38_143685_box7_Incident_Summaries_1-100
Agency: Department of War
Page 62
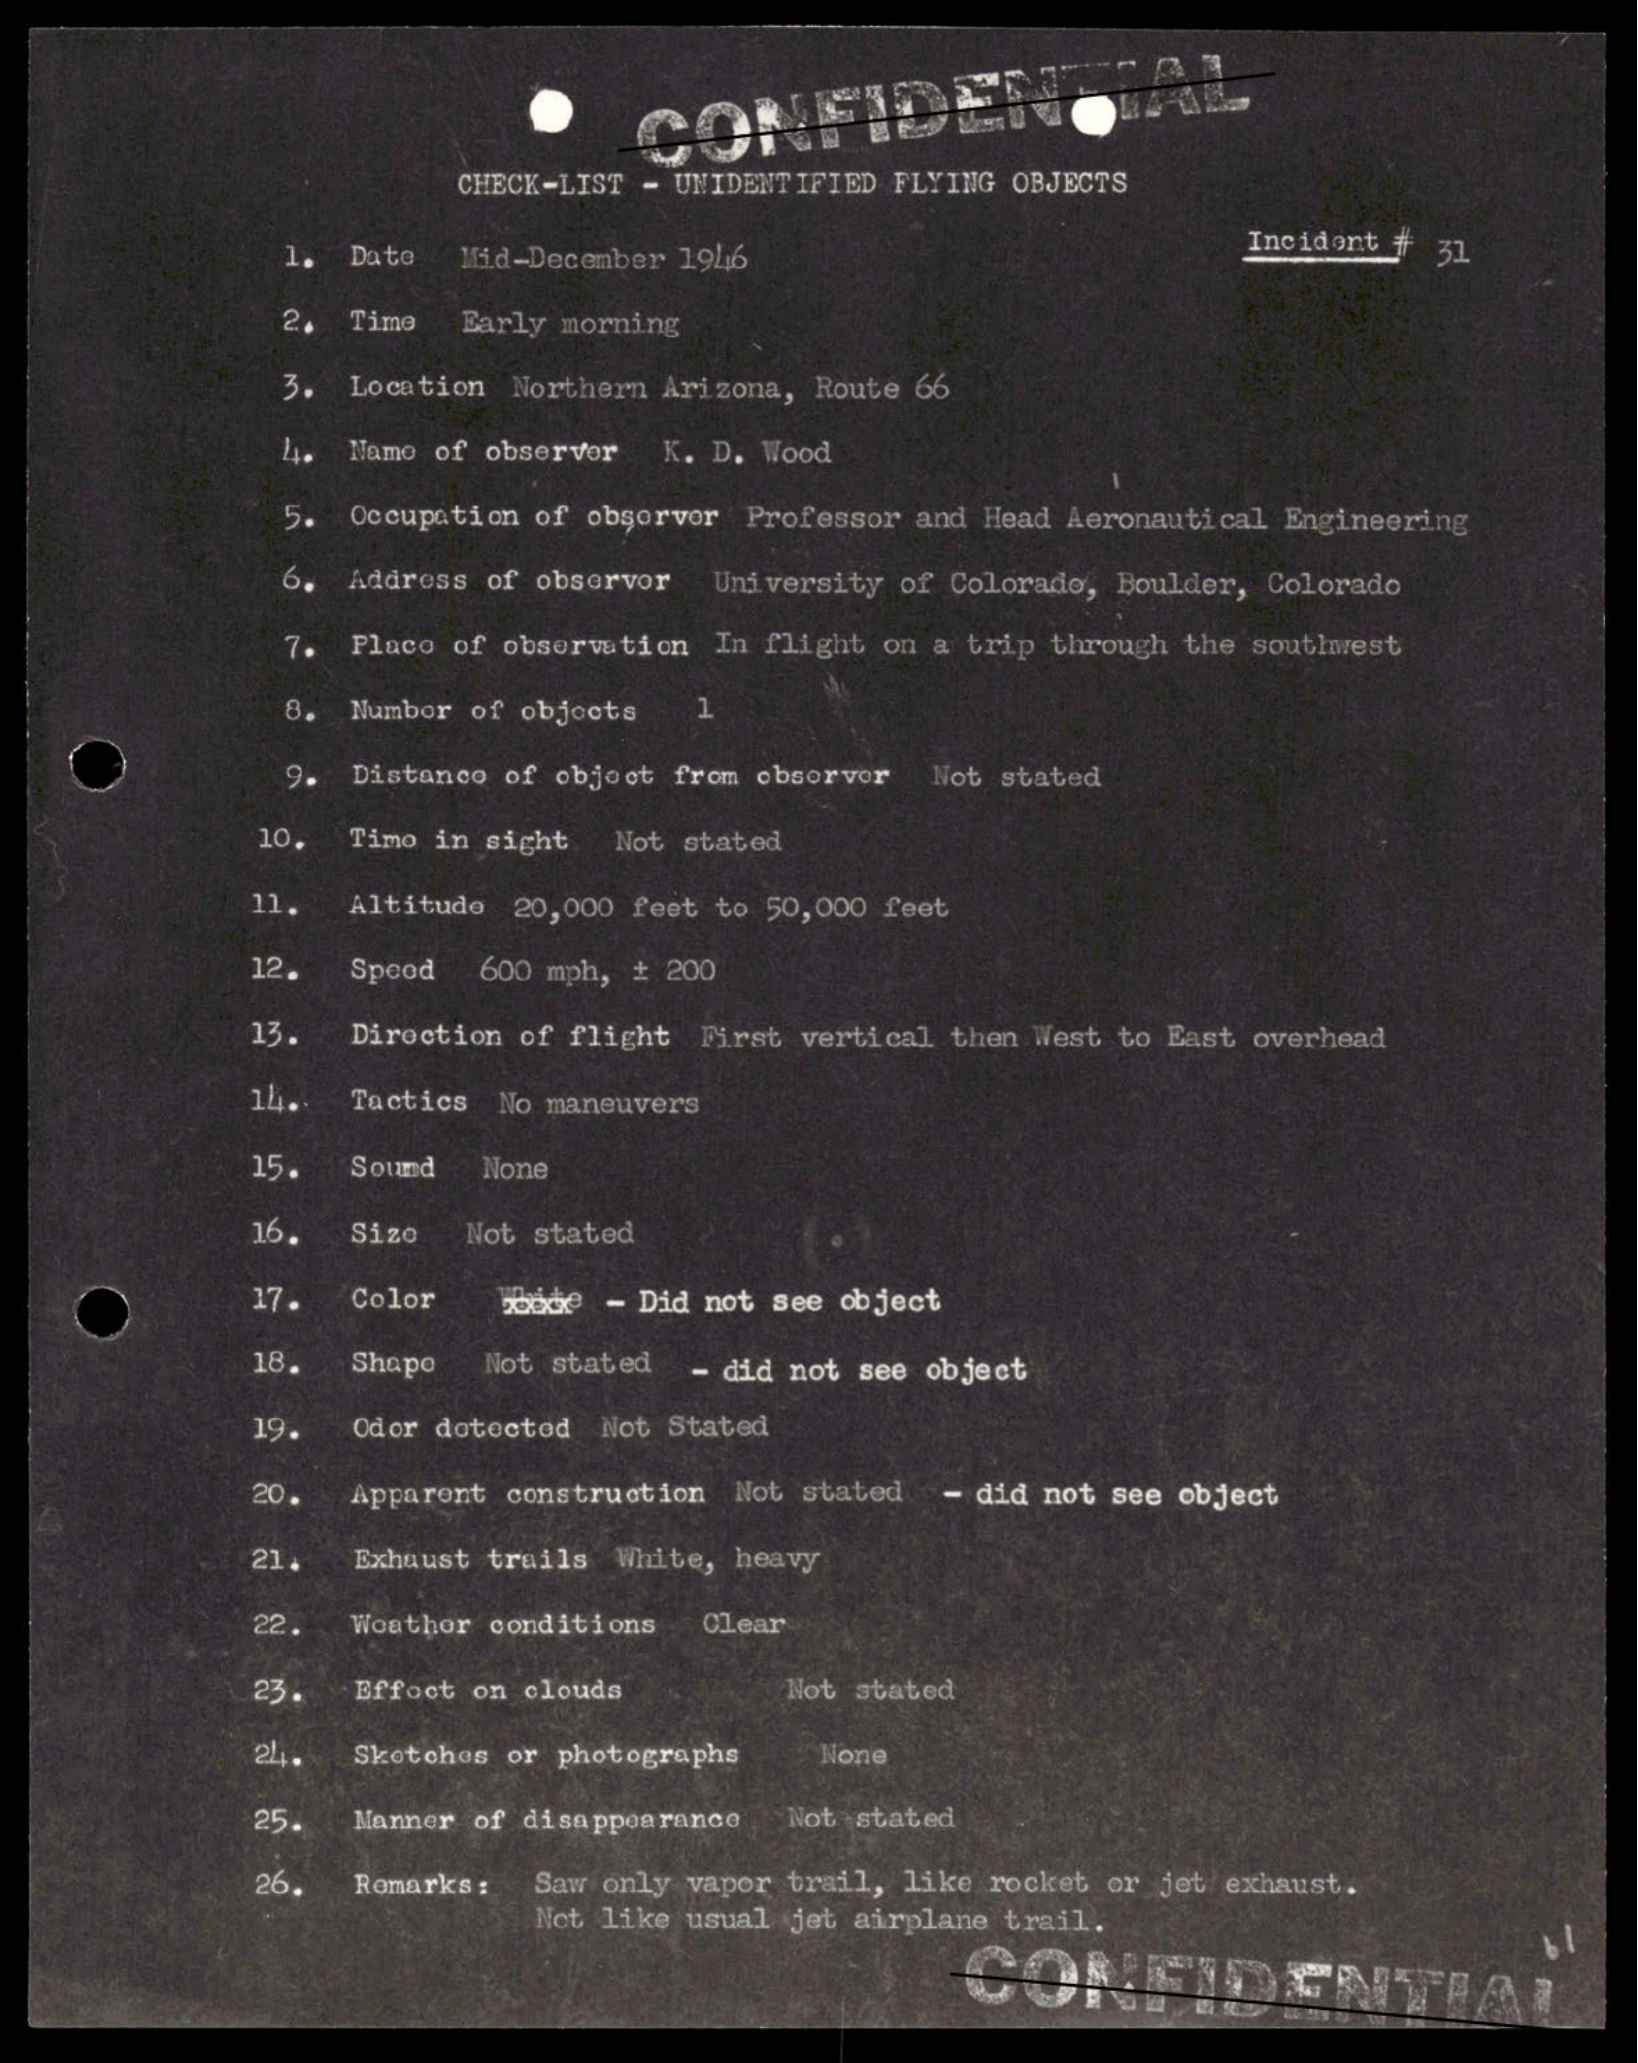